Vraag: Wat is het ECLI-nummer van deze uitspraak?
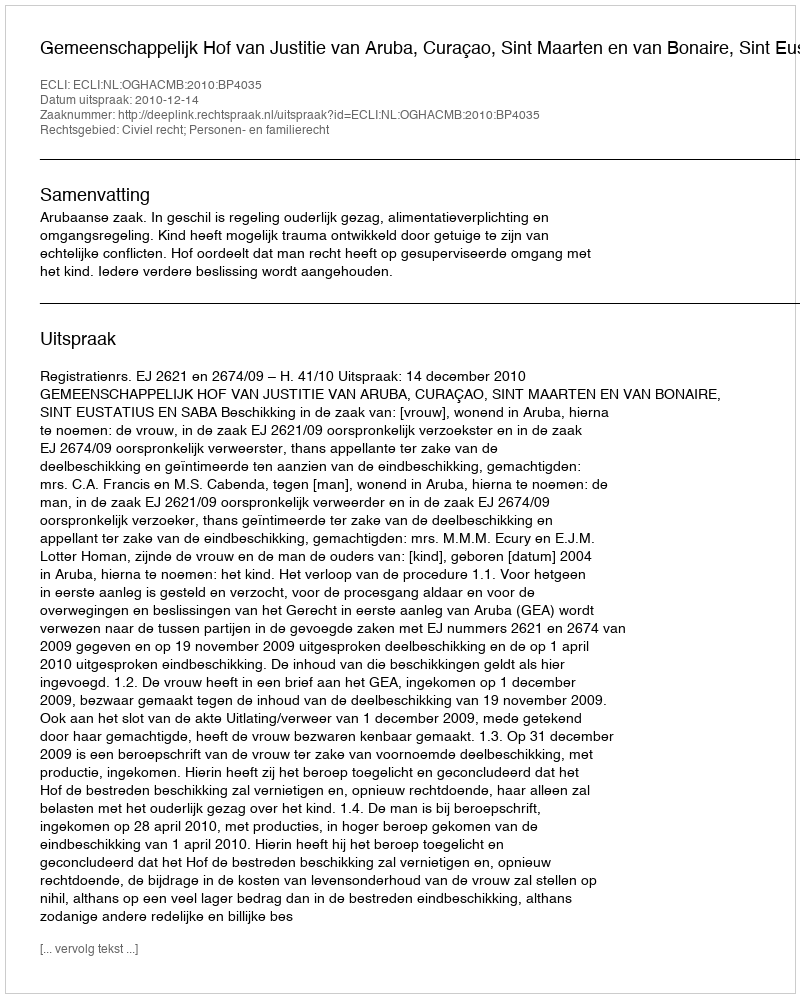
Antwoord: ECLI:NL:OGHACMB:2010:BP4035